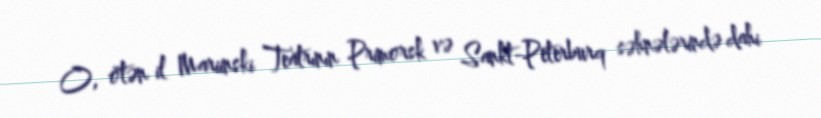
O, ötən il Mariinski Teatrının Primorsk və Sankt-Peterburq səhnələrində dahi